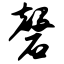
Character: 磬